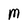
Character: M